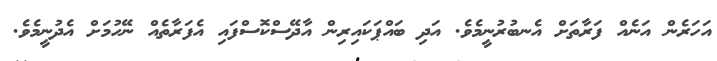
އަހަރެން އަނެއް ފަރާތަށް އެނބުރުނީމެވެ. އަދި ބައްޕަކައިރިން އާދޭސްކޮސްފައި އެފަރާތެއް ނޭހުމަށް އެދުނީމެވެ.